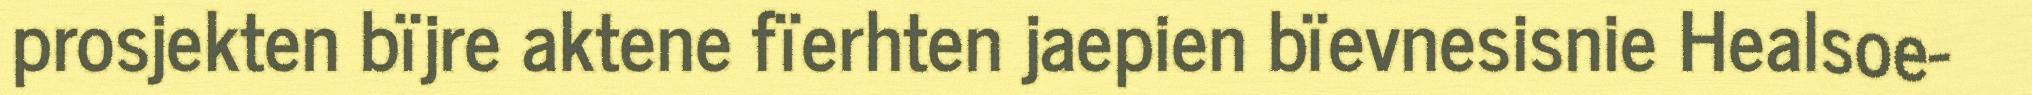
prosjekten bïjre aktene fïerhten jaepien bïevnesisnie Healsoe-